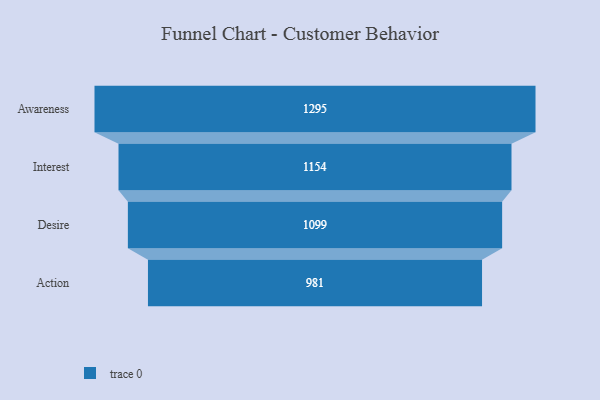
{"axis": {"x": "Stage", "y": "Value"}, "legend": [""], "data": [{"x": "Awareness", "y": 1295.0, "type": ""}, {"x": "Interest", "y": 1154.0, "type": ""}, {"x": "Desire", "y": 1099.0, "type": ""}, {"x": "Action", "y": 981.0, "type": ""}]}